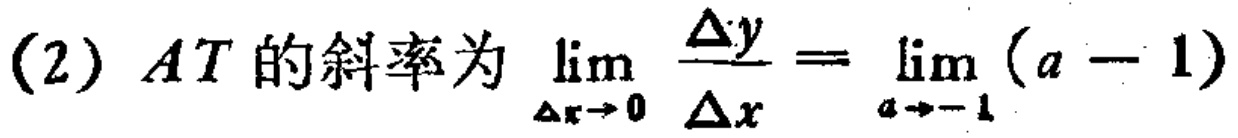
(2) \(AT\) 的斜率为 \(\lim_{\Delta x \to 0} \frac{\Delta y}{\Delta x}=\lim_{a \to -1} (a - 1)\)